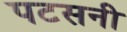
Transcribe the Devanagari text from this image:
पटसनी